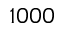
1 0 0 0